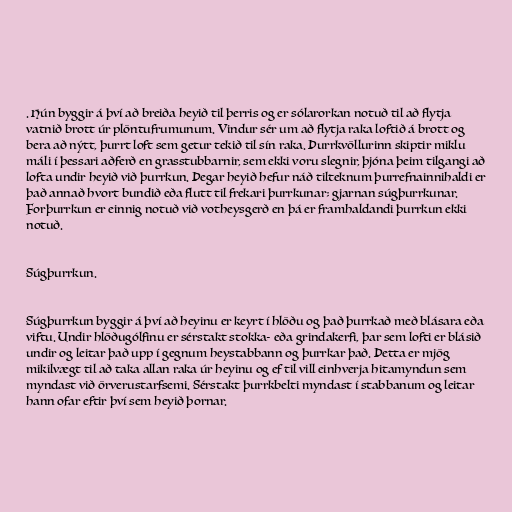
. Hún byggir á því að breiða heyið til þerris og er sólarorkan notuð til að flytja
vatnið brott úr plöntufrumunum. Vindur sér um að flytja raka loftið á brott og
bera að nýtt, þurrt loft sem getur tekið til sín raka. Þurrkvöllurinn skiptir miklu
máli í þessari aðferð en grasstubbarnir, sem ekki voru slegnir, þjóna þeim tilgangi að
lofta undir heyið við þurrkun. Þegar heyið hefur náð tilteknum þurrefnainnihaldi er
það annað hvort bundið eða flutt til frekari þurrkunar; gjarnan súgþurrkunar.
Forþurrkun er einnig notuð við votheysgerð en þá er framhaldandi þurrkun ekki
notuð.

Súgþurrkun.

Súgþurrkun byggir á því að heyinu er keyrt í hlöðu og það þurrkað með blásara eða
viftu. Undir hlöðugólfinu er sérstakt stokka- eða grindakerfi, þar sem lofti er blásið
undir og leitar það upp í gegnum heystabbann og þurrkar það. Þetta er mjög
mikilvægt til að taka allan raka úr heyinu og ef til vill einhverja hitamyndun sem
myndast við örverustarfsemi. Sérstakt þurrkbelti myndast í stabbanum og leitar
hann ofar eftir því sem heyið þornar.